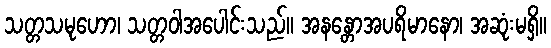
သတ္တသမုဟော၊ သတ္တဝါအပေါင်းသည်။ အနန္တောအပရိမာနော၊ အဆုံးမရှိ။